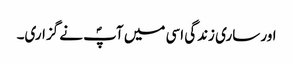
اور ساری زندگی اسی میں آپؐ نے گزاری۔